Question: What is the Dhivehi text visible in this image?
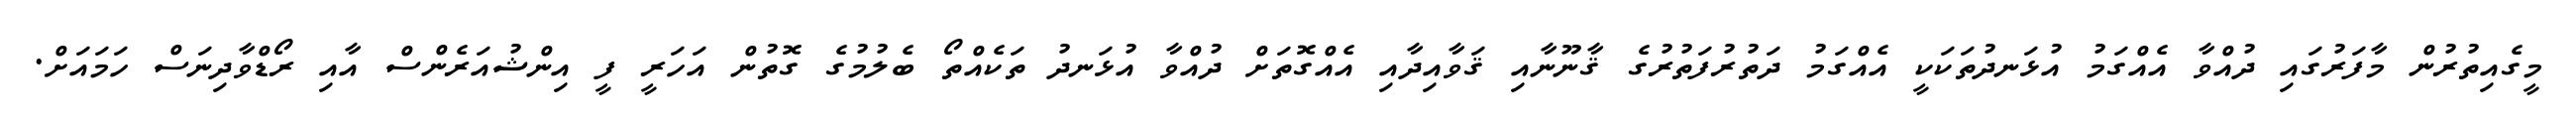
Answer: މީގެއިތުރުން މާފަރުގައި ދުއްވާ އެއްގަމު އުޅަނދުތަކަކީ އެއްގަމު ދަތުރުފަތުރުގެ ޤާނޫނާއި ޤަވާއިދާއި އެއްގޮތަށް ދުއްވާ އުޅަނދު ތަކެއްތޯ ބެލުމުގެ ގޮތުން އަހަރީ ފީ އިންޝުއަރެންސް އާއި ރޯޑްވާދިނަސް ހަމައަށް.